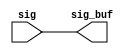
// ========== Copyright Header Begin ==========================================
// 
// OpenSPARC T1 Processor File: sctag_min_rptr.v
// Copyright (c) 2006 Sun Microsystems, Inc.  All Rights Reserved.
// DO NOT ALTER OR REMOVE COPYRIGHT NOTICES.
// 
// The above named program is free software; you can redistribute it and/or
// modify it under the terms of the GNU General Public
// License version 2 as published by the Free Software Foundation.
// 
// The above named program is distributed in the hope that it will be 
// useful, but WITHOUT ANY WARRANTY; without even the implied warranty of
// MERCHANTABILITY or FITNESS FOR A PARTICULAR PURPOSE.  See the GNU
// General Public License for more details.
// 
// You should have received a copy of the GNU General Public
// License along with this work; if not, write to the Free Software
// Foundation, Inc., 51 Franklin St, Fifth Floor, Boston, MA 02110-1301, USA.
// 
// ========== Copyright Header End ============================================
module sctag_min_rptr(/*AUTOARG*/
   // Outputs
   sig_buf, 
   // Inputs
   sig
   );


input	[15:0]	sig;
output	[15:0]	sig_buf;


// build using a minbuf + buf combo. Ensure that height does not
// exceed 10U. Width = 9.6 x 16+

assign	sig_buf = sig ;









endmodule